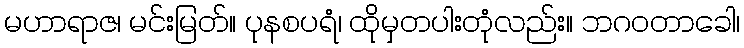
မဟာရာဇ၊ မင်းမြတ်။ ပုနစပရံ၊ ထိုမှတပါးတုံလည်း။ ဘဂဝတာခေါ၊